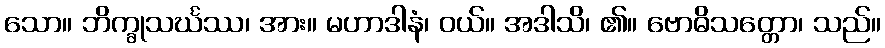
သော။ ဘိက္ခုသင်္ဃဿ၊ အား။ မဟာဒါနံ၊ ဝယ်။ အဒါသိ၊ ၏။ ဗောဓိသတ္တော၊ သည်။